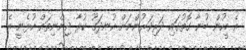
އެ މީހުން ބުނާ ގޮތުގައި ދަރިވަރުންނަށް އުނދަގޫ ކުރާ ޖިންނިތައް އުޅެނީ އެ